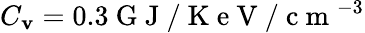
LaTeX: C_{\mathbf{v}}=0.3\mathrm{{~G~J~}}/\mathrm{{~K~e~V~}}/\mathrm{{~c~m~}}^{-3}